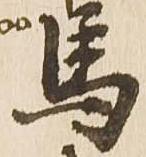
馬